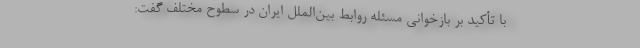
با تأکید بر بازخوانی مسئله روابط بین‌الملل ایران در سطوح مختلف گفت: